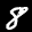
Label: 8